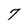
Character: 7